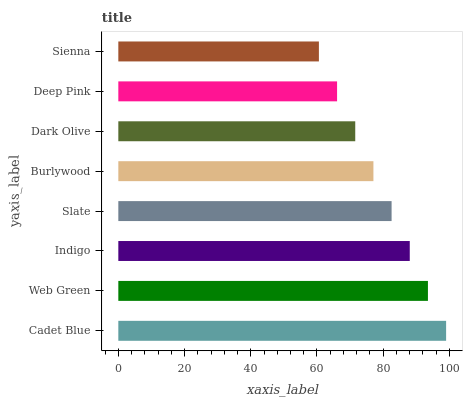
| yaxis_label | bars |
 | --- | --- |
 | Cadet Blue | 99 |
 | Web Green | 93.5 |
 | Indigo | 88 |
 | Slate | 82.5 |
 | Burlywood | 77 |
 | Dark Olive | 71.6 |
 | Deep Pink | 66.1 |
 | Sienna | 60.6 |